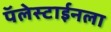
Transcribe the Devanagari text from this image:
पॅलेस्टाईनला